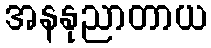
အနနုညာတာယ